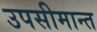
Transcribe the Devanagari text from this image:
उपसीमान्त